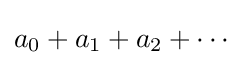
a_{0}+a_{1}+a_{2}+\cdots